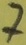
Text: 7